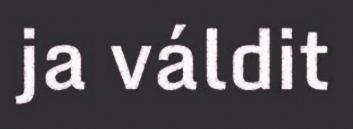
ja váldit